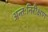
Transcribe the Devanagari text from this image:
अन्तःनिरीक्षण